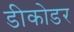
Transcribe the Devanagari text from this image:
डीकोडर